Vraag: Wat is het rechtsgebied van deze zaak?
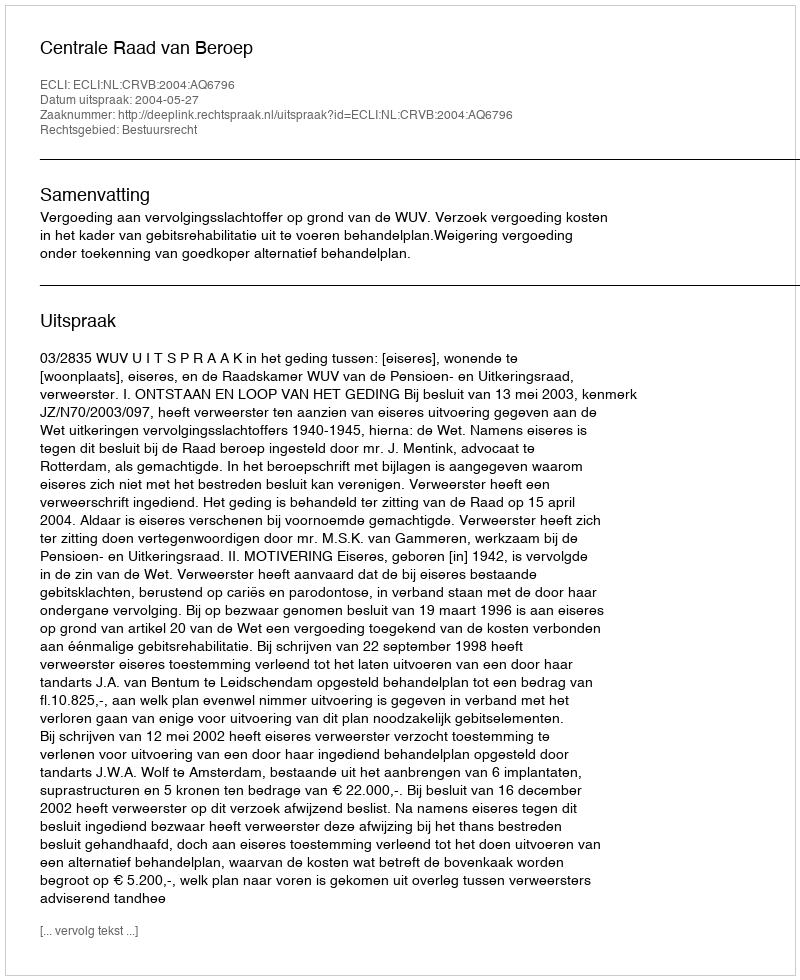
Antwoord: Bestuursrecht